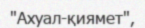
"Ахуал-қиямет",